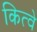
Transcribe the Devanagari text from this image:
कित्वे